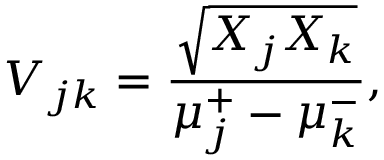
V _ { j k } = \frac { \sqrt { X _ { j } X _ { k } } } { \mu _ { j } \sp { + } - \mu _ { k } \sp { - } } ,